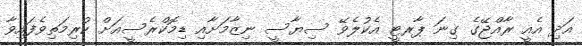
އަދި އެއީ ރާއްޖޭގެ ގިނަ ޕާރޓީ އެކުލެވޭ ސިޔާސީ ނިޒާމަށާއި ޑިމޮކްރެސީއަށް ކުރިމަތިވެފައިވާ